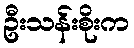
ဦးသန်းစိုးက